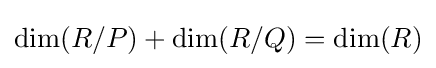
\dim(R/P)+\dim(R/Q)=\dim(R)